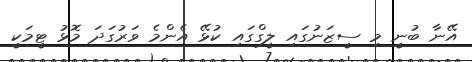
އޭނާ ބުނީ މި ސީޒަނުގައި ލީގްގައި ކުޅޭ އެންމެ ވަރުގަދަ މޮޅު ޓީމަކީ